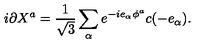
i \partial X ^ { a } = { \frac { 1 } { \sqrt 3 } } \sum _ { \alpha } e ^ { - i e _ { \alpha } \phi ^ { a } } c ( - e _ { \alpha } ) .